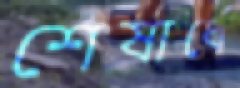
শেষার্ধে